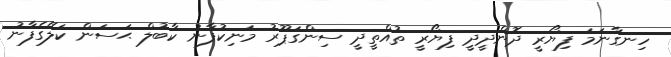
ހިނގާނަމަ ފިޔޯރީ ދޮންދީދީ ފިޔޯރީ ތުއްތީދީ ސިންގަޕޫރު މަނިކުފާނު ކާބުލް ޙަސަން ކަލޭގެފާނު